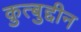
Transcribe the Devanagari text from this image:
क़ुत्बुद्दीन